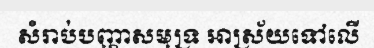
សំរាប់បញ្ហាសមុទ្រ អាស្រ័យទៅលើ